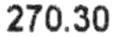
270.30